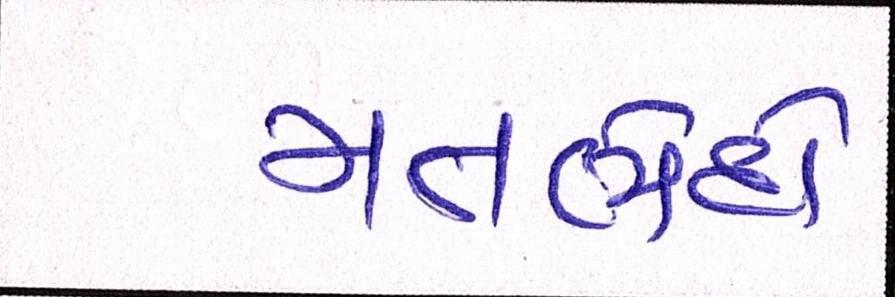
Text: મતભેદો